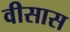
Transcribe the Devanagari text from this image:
वीसास